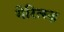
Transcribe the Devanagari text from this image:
गेरित्स्ज़